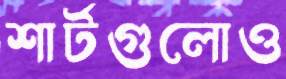
শার্টগুলোও